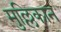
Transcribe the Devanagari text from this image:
मुल्लिकान